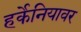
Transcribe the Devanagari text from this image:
हर्केनियावर